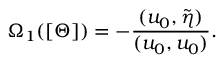
\Omega _ { 1 } ( [ \Theta ] ) = - \frac { ( u _ { 0 } , \tilde { \eta } ) } { ( u _ { 0 } , u _ { 0 } ) } .